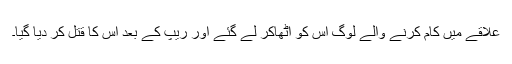
علاقے میں کام کرنے والے لوگ اس کو اٹھاکر لے گئے اور ریپ کے بعد اس کا قتل کر دیا گیا۔